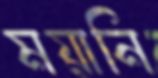
ময়ানি